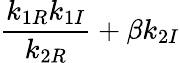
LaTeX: \displaystyle{\frac{k_{1R}k_{1I}}{k_{2R}}+\beta k_{2I}}